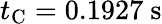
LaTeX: t_{\mathrm{C}}=0.1927~\mathrm{s}